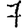
Digit: 7